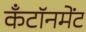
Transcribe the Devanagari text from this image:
कँटॉनमेंट